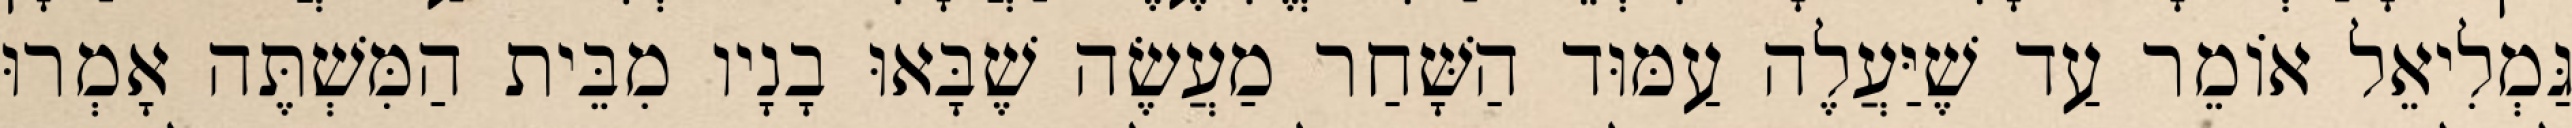
גַּמְלִיאֵל אוֹמֵר עַד שֶׁיַּעֲלֶה עַמּוּד הַשָּׁחַר מַעֲשֶׂה שֶׁבָּאוּ בָנָיו מִבֵּית הַמִּשְׁתֶּה אָמְרוּ